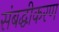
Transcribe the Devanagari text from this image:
संबद्धीकरण